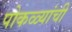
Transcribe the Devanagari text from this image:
पोकळ्यांची